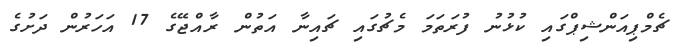
ޗެމްޕިއަންޝިޕްގައި ކުޅުނު ފުރަތަމަ މެޗުގައި ޗައިނާ އަތުން ރާއްޖޭގެ 17 އަހަރުން ދަށުގެ